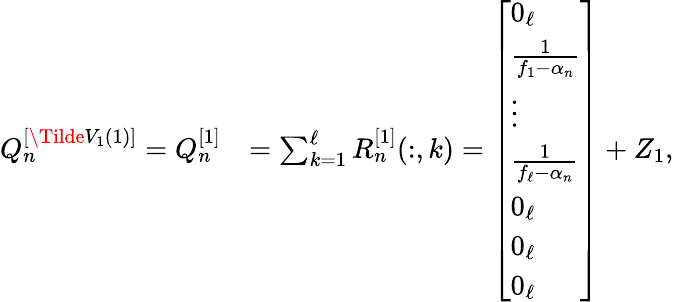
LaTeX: \begin{array}{rl}{Q_{n}^{[\Tilde{V}_{1}(1)]}=Q_{n}^{[1]}}&{=\sum_{k=1}^{\ell}R_{n}^{[1]}(:,k)=\left[\begin{array}{l}{0_{\ell}}\\ {\frac{1}{f_{1}-\alpha_{n}}}\\ {\vdots}\\ {\frac{1}{f_{\ell}-\alpha_{n}}}\\ {0_{\ell}}\\ {0_{\ell}}\\ {0_{\ell}}\end{array}\right]+Z_{1},}\end{array}